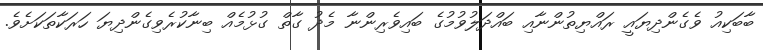
ބާބަކިއު ވެގެންދިޔައީ ރައްޔިތުންނާއި ބައްދަލުވުމުގެ ބައިވެރިންނާ މެދު ގާތް ގުޅުމެއް ބިނާކުރެވިގެންދިޔަ ހަރަކާތަކަށެވެ.